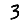
Digit: 3